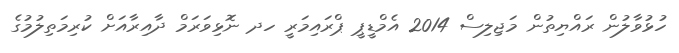
ހުޅުވާލުން ރައްޔިތުން މަޖިލިސް 2014 އެމްޑީޕީ ޕްރައިމަރީ ހދ ނޮޅިވަރަމް ދާއިރާއަށް ކުރިމަތިލުމުގެ